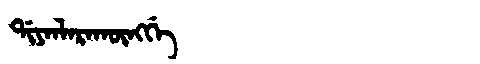
Manchu: ᡩᡳᠶᠠᠨᠯᠠᡵᠠᡴᡡᠩᡤᡝ
Romanization: DIYANLARAKŪNGGE